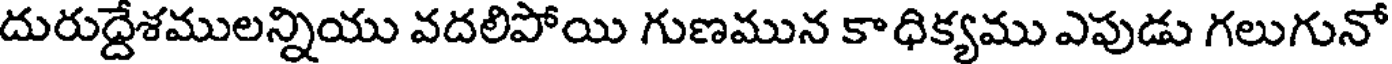
దురుద్దేశములన్నియు వదలిపోయి గుణమున కాధిక్యము ఎపుడు గలుగునో